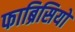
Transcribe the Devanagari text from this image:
फाब्रिसियो